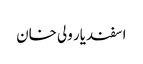
اسفندیار ولی خان